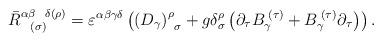
LaTeX: \begin{align*}\bar{R}_{\;\;\;(\sigma )}^{\alpha \beta \;\;\;\delta (\rho )}=\varepsilon^{\alpha \beta \gamma \delta }\left( \left( D_{\gamma }\right) _{\;\;\sigma}^{\rho }+g\delta _{\sigma }^{\rho }\left( \partial _{\tau }B_{\gamma}^{\;(\tau )}+B_{\gamma }^{\;(\tau )}\partial _{\tau }\right) \right) .\end{align*}